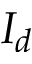
I _ { d }